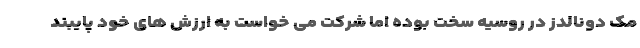
مک دونالدز در روسیه سخت بوده اما شرکت می خواست به ارزش های خود پایبند